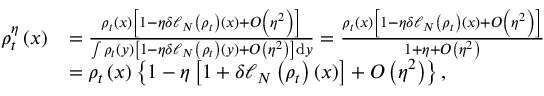
\begin{array} { r l } { \rho _ { t } ^ { \eta } \left( x \right) } & { = \frac { \rho _ { t } \left( x \right) \left[ 1 - \eta \delta \ell _ { N } \left( \rho _ { t } \right) \left( x \right) + O \left( \eta ^ { 2 } \right) \right] } { \int \rho _ { t } \left( y \right) \left[ 1 - \eta \delta \ell _ { N } \left( \rho _ { t } \right) \left( y \right) + O \left( \eta ^ { 2 } \right) \right] \mathrm { d } y } = \frac { \rho _ { t } \left( x \right) \left[ 1 - \eta \delta \ell _ { N } \left( \rho _ { t } \right) \left( x \right) + O \left( \eta ^ { 2 } \right) \right] } { 1 + \eta + O \left( \eta ^ { 2 } \right) } } \\ & { = \rho _ { t } \left( x \right) \left\{ 1 - \eta \left[ 1 + \delta \ell _ { N } \left( \rho _ { t } \right) \left( x \right) \right] + O \left( \eta ^ { 2 } \right) \right\} , } \end{array}